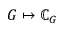
G \mapsto { \mathbb { C } } _ { G }